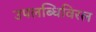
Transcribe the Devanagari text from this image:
उपलब्धिविरल